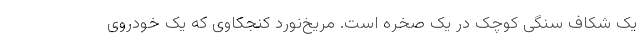
یک شکاف سنگی کوچک در یک صخره است. مریخ‌نورد کنجکاوی که یک خودروی